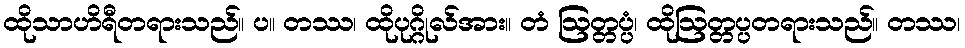
ထိုသာဟိရီတရားသည်။ ပ။ တဿ၊ ထိုပုဂ္ဂိုလ်အား။ တံ ဩတ္တပ္ပံ၊ ထိုဩတ္တပ္ပတရားသည်။ တဿ၊